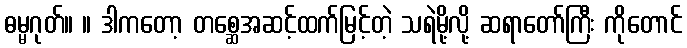
ဓမ္မဂုတ်။ ။ ဒါကတော့ တစ္ဆေအဆင့်ထက်မြင့်တဲ့ သရဲမို့လို့ ဆရာတော်ကြီး ကိုတောင်